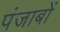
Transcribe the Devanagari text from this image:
पंजाबों